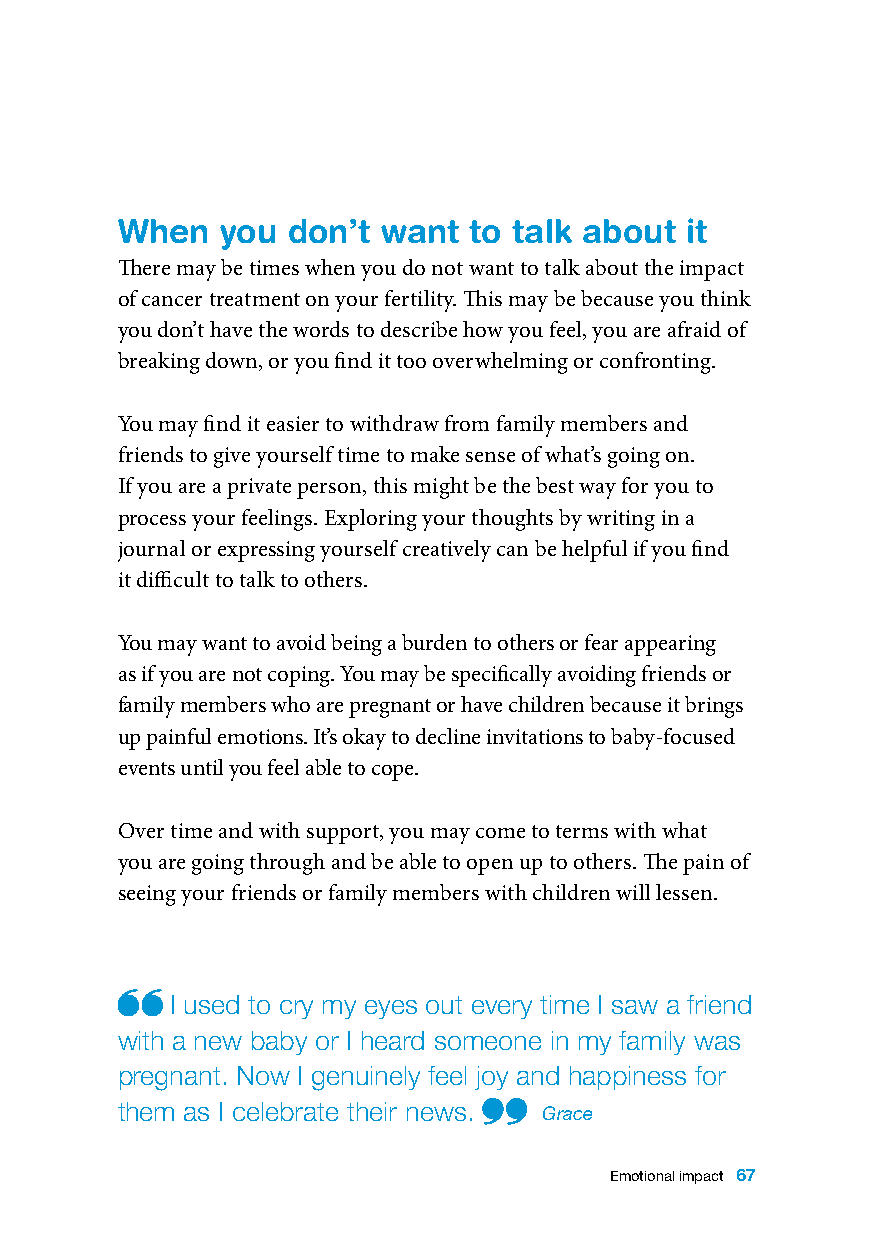
When   you don’t want  to talk about it
 There may be times when you do not want to talk about the impact
 of cancer treatment on your fertility. This may be because you think
 you don’t have the words to describe how you feel, you are afraid of
 breaking down, or you find it too overwhelming or confronting.
 You may find it easier to withdraw from family members and
 friends to give yourself time to make sense of what’s going on.
 If you are a private person, this might be the best way for you to
 process your feelings. Exploring your thoughts by writing in a
 journal or expressing yourself creatively can be helpful if you find
 it difficult to talk to others.
 You may want to avoid being a burden to others or fear appearing
 as if you are not coping. You may be specifically avoiding friends or
 family members who are pregnant or have children because it brings
 up painful emotions. It’s okay to decline invitations to baby-focused
 events until you feel able to cope.
 Over time and with support, you may come to terms with what
 you are going through and be able to open up to others. The pain of
 seeing your friends or family members with children will lessen.
 I used to cry my eyes out every time I saw a friend
 with a new baby or I heard someone in my family was
 pregnant. Now I genuinely feel joy and happiness for
 them as I celebrate their news.
 Grace
 Emotional impact 67